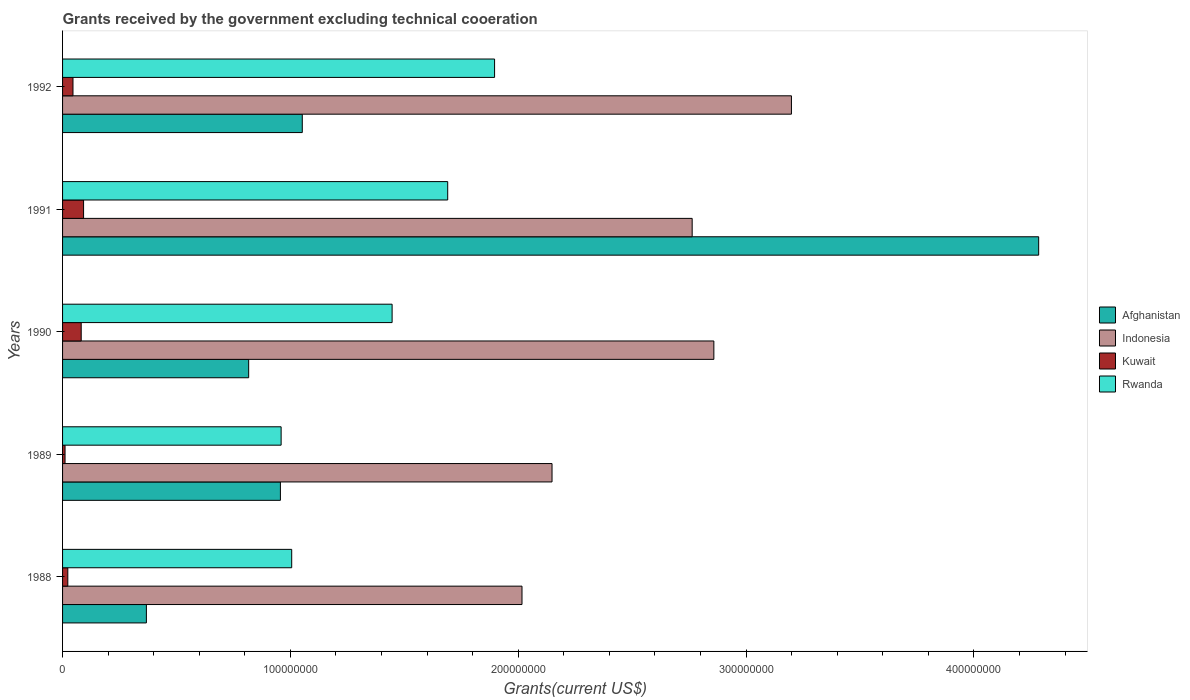
| Years | Afghanistan | Indonesia | Kuwait | Rwanda |
 | --- | --- | --- | --- | --- |
 | 1988 | 3.68e+07 | 2.02e+08 | 2.3e+06 | 1.01e+08 |
 | 1989 | 9.56e+07 | 2.15e+08 | 1.09e+06 | 9.59e+07 |
 | 1990 | 8.17e+07 | 2.86e+08 | 8.18e+06 | 1.45e+08 |
 | 1991 | 4.28e+08 | 2.76e+08 | 9.22e+06 | 1.69e+08 |
 | 1992 | 1.05e+08 | 3.2e+08 | 4.57e+06 | 1.9e+08 |